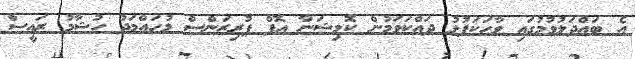
އެ ބައްދަލުވުމުގައި ވާހަކަފުޅު ދައްކަވަމުން ކޮމިޝަނާ އޮފް ޕުރިޒަންސް މުހައްމަދު ހުޝާމު ރައީސް